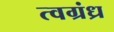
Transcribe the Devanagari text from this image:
त्वग्रंध्र